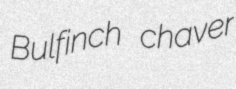
Bulfinch chaver